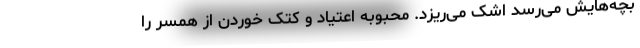
بچه‌هایش می‌رسد اشک می‌ریزد. محبوبه اعتیاد و کتک خوردن از همسر را